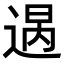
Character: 𨔒